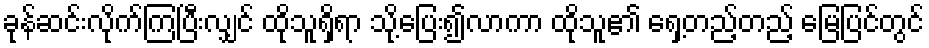
ခုန်ဆင်းလိုက်ကြပြီးလျှင် ထိုသူရှိရာ သို့ပြေး၍လာကာ ထိုသူ၏ ရှေ့တည့်တည့် မြေပြင်တွင်